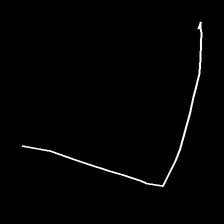
Glyph: region